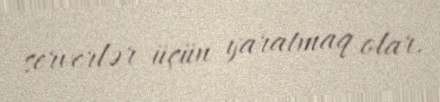
serverlər üçün yaratmaq olar.